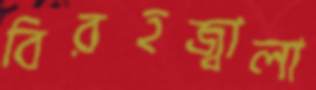
বিরহজ্বালা